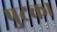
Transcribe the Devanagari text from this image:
पुटका